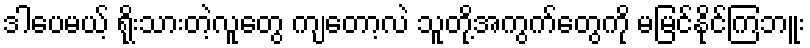
ဒါပေမယ့် ရိုးသားတဲ့လူတွေ ကျတော့လဲ သူတို့အကွက်တွေကို မမြင်နိုင်ကြဘူး